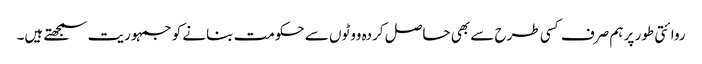
روائتی طور پر ہم صرف کسی طرح سے بھی حاصل کردہ ووٹوں سے حکومت بنانے کو جمہوریت سمجھتے ہیں۔